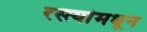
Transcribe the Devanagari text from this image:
रस्त्यांमधून